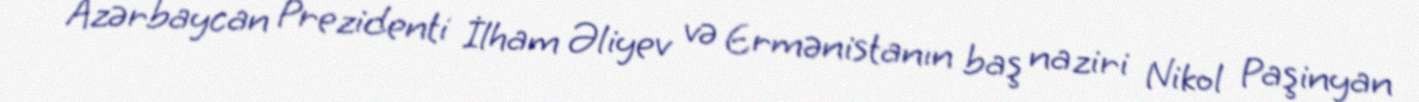
Azərbaycan Prezidenti İlham Əliyev və Ermənistanın baş naziri Nikol Paşinyan